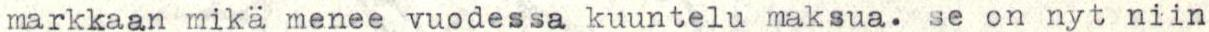
markkaan mikä menee vuodessa kuuntelu maksua. se on nyt niin